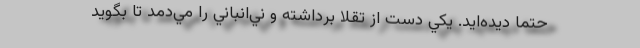
حتما ديده‌ايد. يكي دست از تقلا برداشته و ني‌انباني را مي‌دمد تا بگويد